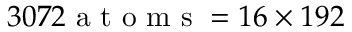
3 0 7 2 \mathrm { ~ a ~ t ~ o ~ m ~ s ~ } = 1 6 \times 1 9 2